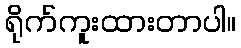
ရိုက်ကူးထားတာပါ။